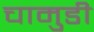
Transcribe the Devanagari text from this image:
चामुडी